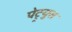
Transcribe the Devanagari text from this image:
पेट्र्युस